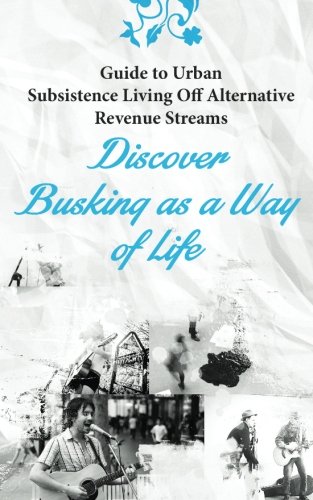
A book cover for Guide to Urban Subsistence Living Off Alternative Revenue Streams: Discover Busking as a Way of Life; James Moore; Business & Money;